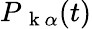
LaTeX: P_{\mathrm{~\mathbf~k~}\alpha}(t)